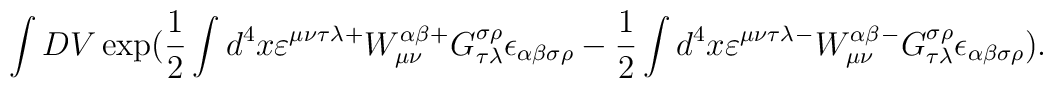
\int DV\exp (\frac 12\int d^4x\varepsilon ^{\mu \nu \tau \lambda}{}^{+}W_{\mu \nu }^{\alpha \beta }{}^{+}G_{\tau \lambda }^{\sigma \rho}{}\epsilon _{\alpha \beta \sigma \rho }-\frac 12\int d^4x\varepsilon ^{\mu\nu \tau \lambda }{}^{-}W_{\mu \nu }^{\alpha \beta }{}^{-}G_{\tau \lambda}^{\sigma \rho }{}\epsilon _{\alpha \beta \sigma \rho }).